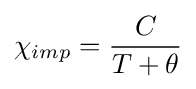
\chi _{imp}={\frac {C}{T+\theta }}